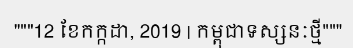
"""12 ខែកក្កដា, 2019 | កម្ពុជាទស្សនៈថ្មី"""